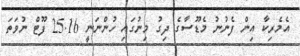
އެމެރިކާ އިން ފެނުނު މެޑޫސާގެ ދިގު މިނުގައި ހުންނަނީ 25.16 ފޫޓް ނުވަތަ